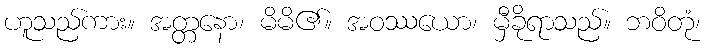
ဟူသည်ကား။ အတ္တနော၊ မိမိ၏။ အဝဿယော၊ မှီခိုရာသည်။ ဘဝိတုံ၊